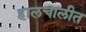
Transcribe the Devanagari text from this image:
हालचालीत